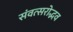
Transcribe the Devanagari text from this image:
संवत्सरोद्भव